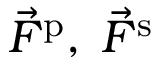
\vec { F } ^ { \mathrm { p } } , \; \vec { F } ^ { \mathrm { s } }